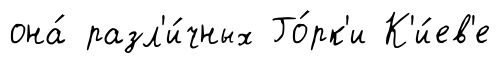
она́ разл'и́чных Го́рк'и К'и́ев'е